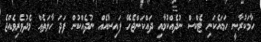
ހާމަކުރާނީ ހަމައެކަނި ޓެކްސް ނުދެއްކުމާއި ދައްކަންޖެހޭ ފައިސާއެއް ނުދެއްކުން ފަދަ ހާލަތެއް މެދުވެރިވެއްޖެ